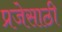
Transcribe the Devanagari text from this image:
प्रजेसाठी